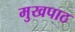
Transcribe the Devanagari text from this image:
मुखपाठ